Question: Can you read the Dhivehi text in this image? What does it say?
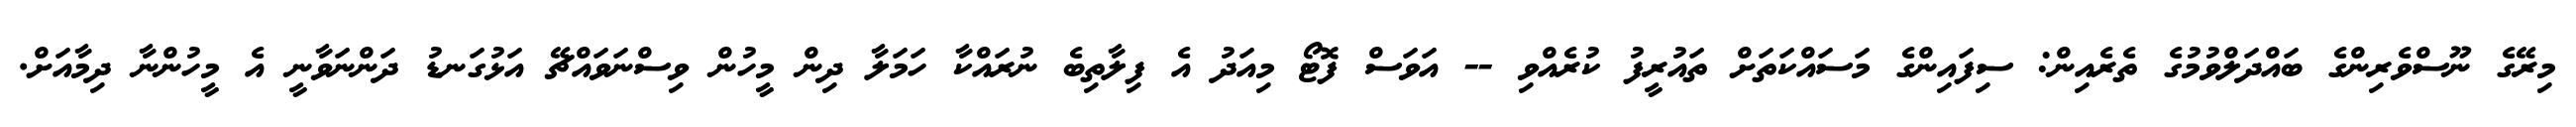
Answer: މިރޭގެ ނޫސްވެރިންގެ ބައްދަލްވުމުގެ ތެރެއިން: ސިފައިންގެ މަސައްކަތަށް ތައުރީފު ކުރެއްވި -- އަވަސް ފޮޓޯ މިއަދު އެ ފިލާތިބެ ނުރައްކާ ހަމަލާ ދިން މީހުން ވިސްނަވައްޗޭ އަޅުގަނޑު ދަންނަވާނީ އެ މީހުންނާ ދިމާއަށް.